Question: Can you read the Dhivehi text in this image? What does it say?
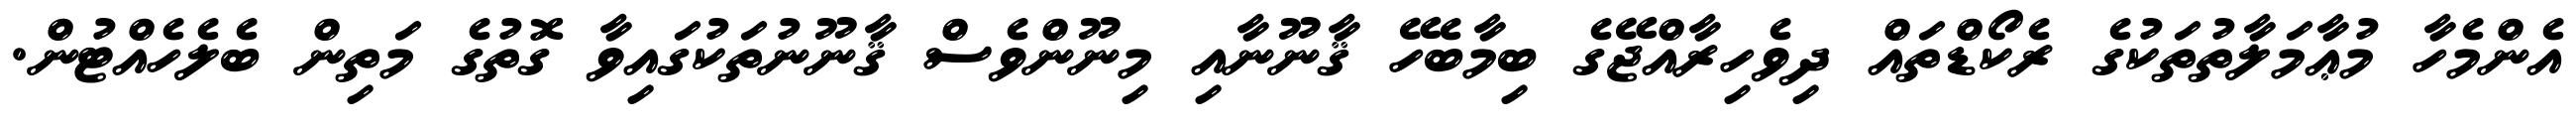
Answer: އެންމެހާ މުޢާމަލާތުތަކުގެ ރެކޯޑްތައް ދިވެހިރާއްޖޭގެ ބިމާބެހޭ ޤާނޫނާއި މިނޫންވެސް ޤާނޫނުތަކުގައިވާ ގޮތުގެ މަތިން ބެލެހެއްޓުން.